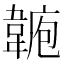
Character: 𩎾